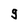
Character: g